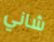
شاني